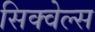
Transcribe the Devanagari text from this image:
सिक्वेल्स